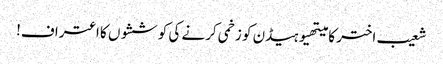
شعیب اختر کا میتھیوہیڈن کو زخمی کرنے کی کوششوں کا اعتراف!